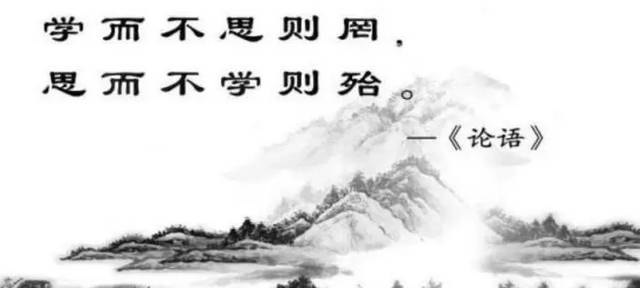
学而不思则罔，思而不学则殆。